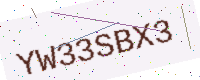
Text: YW33SBX3